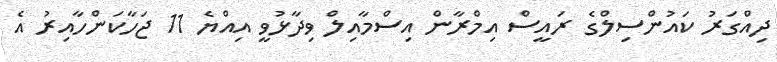
ދިއްގަރު ކައުންސިލްގެ ރައީސް އިމްރާން އިސްމާއިލް ވިދާޅުވީ އިއްޔެ 11 ޖަހާކަންހާއިރު އެ